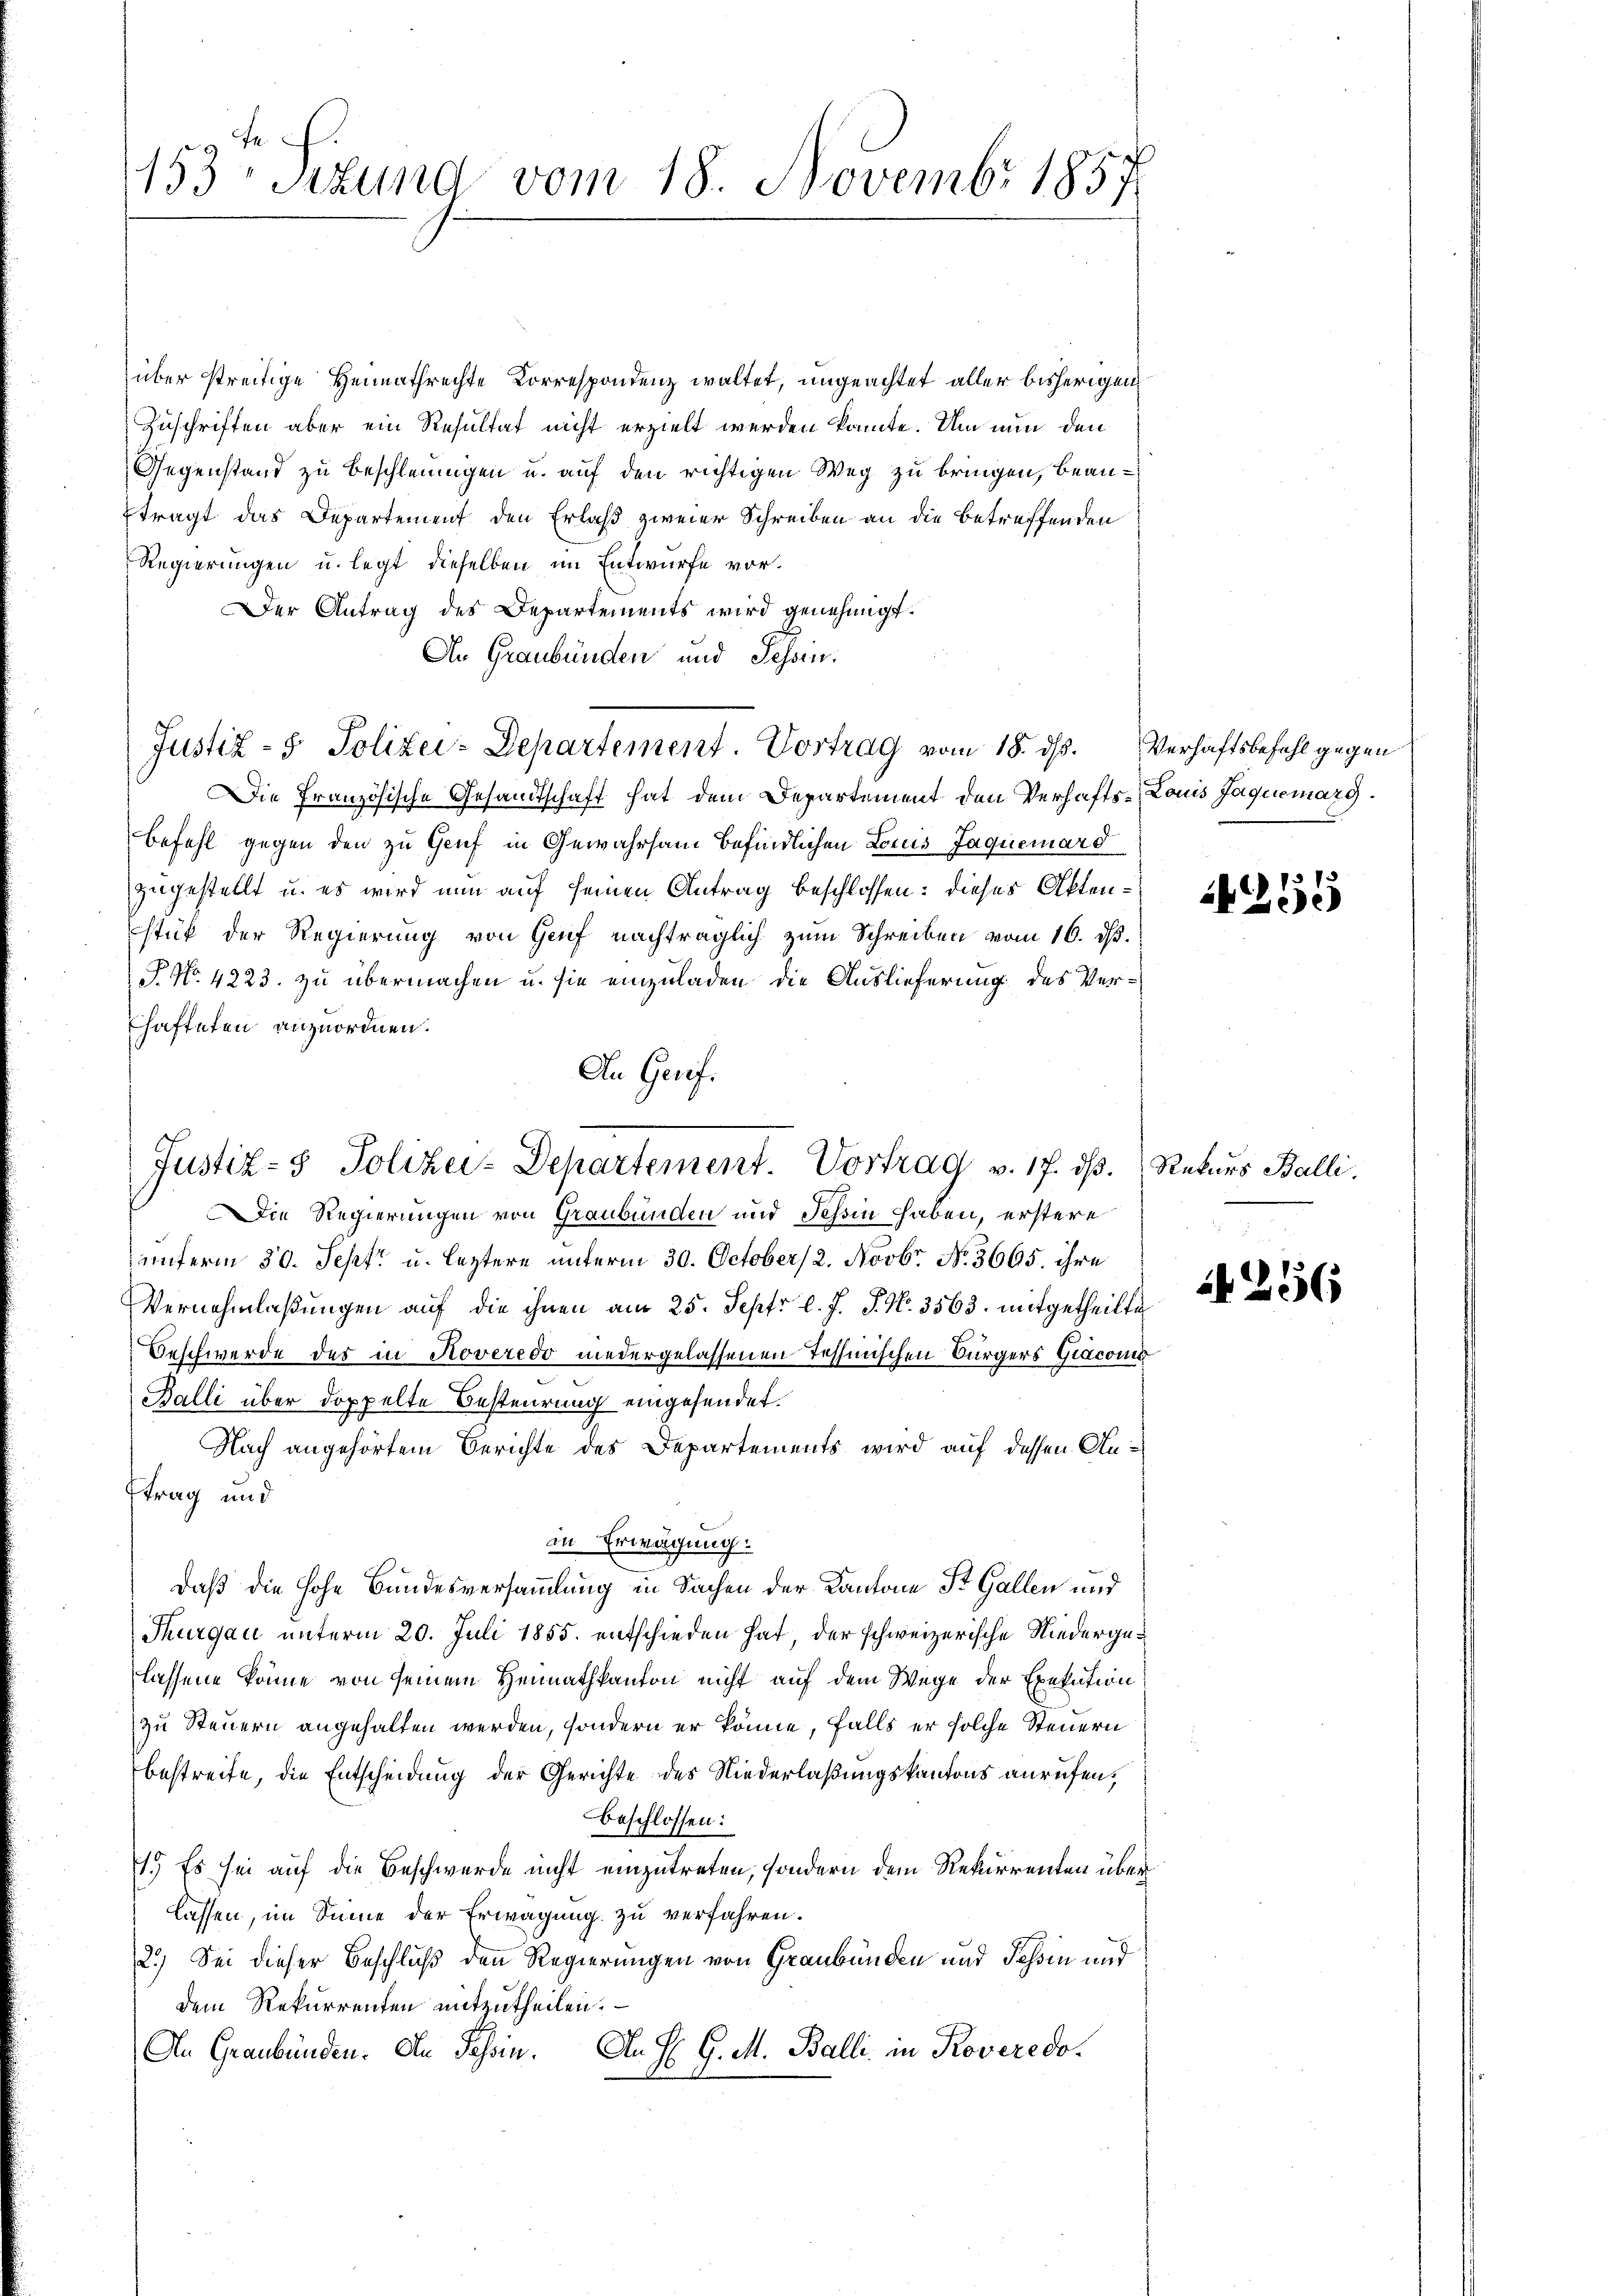
153te Sizung vom 18. Novembr 1857

Justiz- & Polizei-Departement. Vortrag v. 17. dß. Rekurs Balli,

über streitige Heimathrechte Korrespondenz waltet, ungeachtet aller bisherigens
Zuschriften aber ein Resultat nicht erzielt werden könnte. Um nun den
Gegenstand zu Beschleunigen u. auf den richtigen Weg zu bringen, beantragt das Departement den Erlaß zweier Schreiben an die betreffenden
Regierungen u. legt dieselben im Entwurfe vor.
Der Antrag des Departements wird genehmigt.
An Graubünden und Fessen.
Justiz- & Polizei-Departement. Vortrag vom 18. ds. Verhaftsbefehl gegen
Die Französische Gesandtschaft hat dem Departement den Verhafts-Louis Jaquemarg.
Befehl gegen den zu Genf in Gewahrsam befindlichen Louis Jaquerard
zugestellt u. es wird nun auf seinen Antrag beschlossen: dieses Aktenstück der Regierung von Genf nachträglich zum Schreiben vom 16. ds.
P. No. 4223. zu übermachen u. sie einzuladen die Auslieferung des Ver¬
Chafteten anzuordnen.
An Gerif.
Die Regierungen von Graubünden und Tessin haben, erstere
unterm 30. Sept. u. leztere unterm 30. October 2. Novbr. No. 3665. ihre
Vernehmlaßungen auf die ihnen am 25. Sept. l. J. J. No. 3563. mitgetheilte
Beschwerde des in Roveredo niedergelassenen Tessinischen Bürgers Giaconis
Balli über doppelte Besteurung eingesendet.
Nach angehörtem Berichte des Departements wird auf dessen Anttrag und
in Erwägung:
daß die hohe Bundesversammlung in Sachen der Kantone St. Gallen und
Thurgau unterm 20. Juli 1855. entschieden hat der schweizerische Niedergelassene könne von seinem Heimathkanton nicht auf dem Wege der Exekution
zu Steuern angehalten werden, sondern er könne, falls er solche Steuern
bestreife, die Entscheidung der Gerichte des Niederlaßungskantons anrufen,
beschlossen:
1.) Es sei auf die Beschwerde nicht einzutreten, sondern dem Rekurrenten überlassen, im Sinne der Erwägung zu verfahren.
2.) Sei dieser Beschluß den Regierungen von Graubünden und Fehin und
dem Rekurrenten mitzutheilen.
An Graubünden. An Passin. An H. G. M. Balli, in Roveredo¬

4251

256